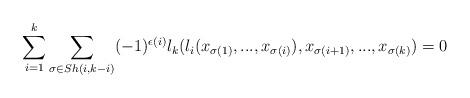
LaTeX: \begin{align*}\sum_{i=1}^k\sum_{\sigma\in Sh(i,k-i)}(-1)^{\epsilon(i)}l_k(l_i(x_{\sigma(1)},...,x_{\sigma(i)}),x_{\sigma(i+1)},...,x_{\sigma(k)})=0\end{align*}